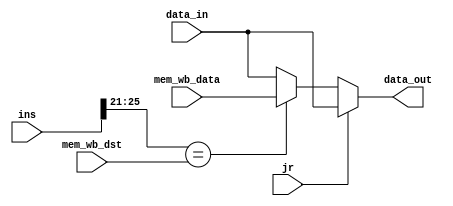
//id_ex_fw.v

module ID_EX_FW(
	input wire [31:0] data_in,
	input wire [31:0] ins,
	input wire [31:0] mem_wb_data,
	input wire [4:0] mem_wb_dst,
	input wire jr,
	output reg [31:0] data_out
	);
	
	integer rs;
	
	always @* begin
	
		rs = ins[25:21];
		if (jr == 1) begin
			data_out = data_in;
		end
		
		else begin
			if ((rs == mem_wb_dst)) begin
				data_out = mem_wb_data;
			end 
		
			else begin
				data_out = data_in;
			end
		end
	end
endmodule